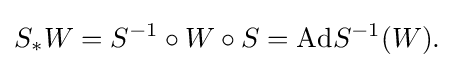
\displaystyle {S_{*}W=S^{-1}\circ W\circ S=\mathrm {Ad} S^{-1}(W).}